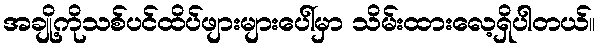
အချို့ကိုသစ်ပင်ထိပ်ဖျားများပေါ်မှာ သိမ်းထားလေ့ရှိပါတယ်။